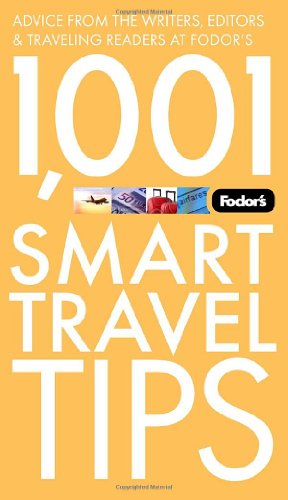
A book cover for Fodor's 1,001 Smart Travel Tips, 2nd Edition: Advice from the Writers, Editors & Traveling Readers at Fodor's (Travel Guide); Fodor's; Travel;